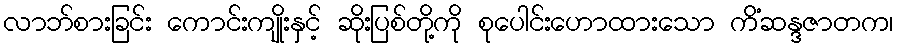
လာဘ်စားခြင်း ကောင်းကျိုးနှင့် ဆိုးပြစ်တို့ကို စုပေါင်းဟောထားသော ကိံဆန္ဒဇာတက၊